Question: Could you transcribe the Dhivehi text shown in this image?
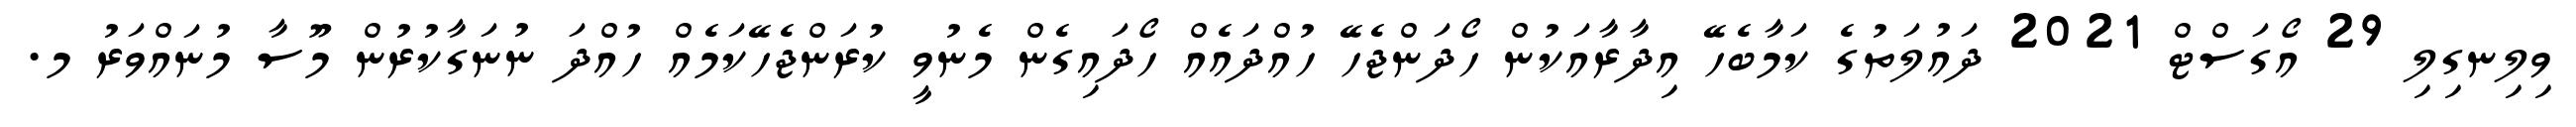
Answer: ވިލިނގިލި 29 އޯގަސްޓް 2021 ދައުލަތުގެ ކަމާބެހޭ އިދާރާއަކުން ހޯދަންޖެހޭ ހުއްދައެއް ހޯދައިގެން މެނުވީ ކުރަންޖެހޭކަމެއް ހުއްދަ ނުނަގާކުރުން މޫސާ މުނައްވަރު މ.